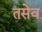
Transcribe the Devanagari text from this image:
तसेव